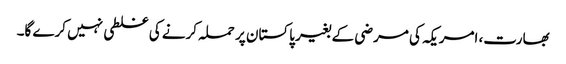
بھارت، امریکہ کی مرضی کے بغیر پاکستان پر حملہ کرنے کی غلطی نہیں کرے گا۔